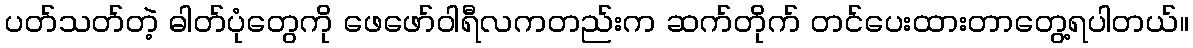
ပတ်သတ်တဲ့ ဓါတ်ပုံတွေကို ဖေဖော်ဝါရီလကတည်းက ဆက်တိုက် တင်ပေးထားတာတွေ့ရပါတယ်။